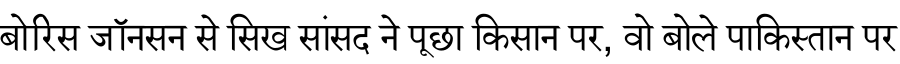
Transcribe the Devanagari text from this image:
बोरिस जॉनसन से सिख सांसद ने पूछा किसान पर, वो बोले पाकिस्तान पर